Scottish Certificate of Education, 1962
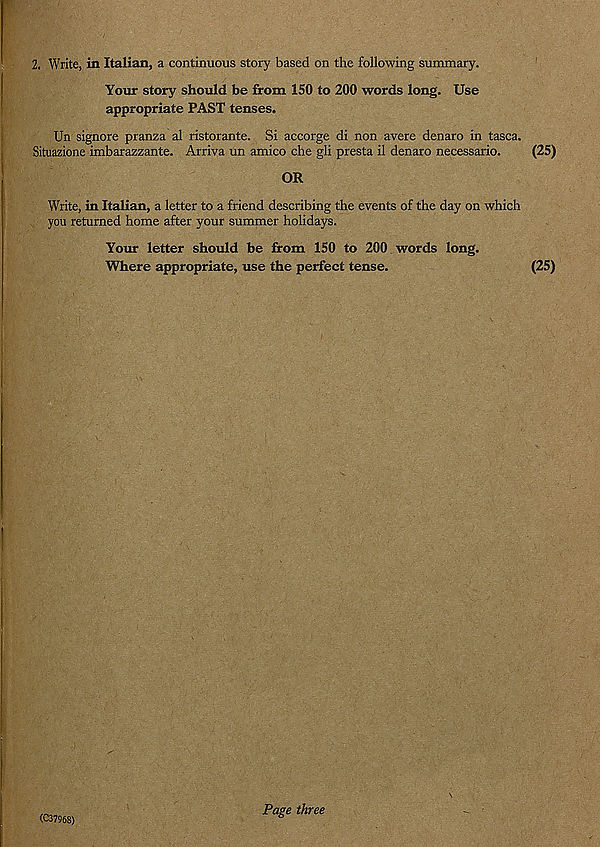
2. Write, in Italian, a continuous story based on the following summary.
Your story should be from 150 to 200 words long. Use
appropriate PAST tenses.
Un signore pranza al ristorante. Si accorge di non avere denaro in tasca.
Situazione imbarazzante. Arriva un amico che gli presta il denaro necessario.
(25)
OR
Write, in Italian, a letter to a friend describing the events of the day on which
you returned home after your summer holidays.
Your letter should be from 150 to 200 words long.
Where appropriate, use the perfect tense.
(25)
(C37968)
Page three